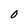
Character: O